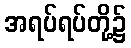
အရပ်ရပ်တို့၌